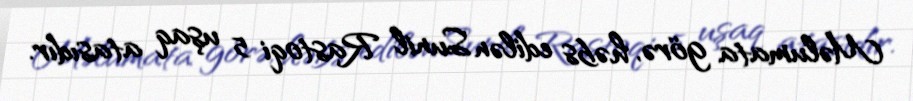
Məlumata görə, həbs edilən Sunil Rastoqi 5 uşaq atasıdır.